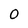
Character: 0